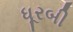
ધૂરબી